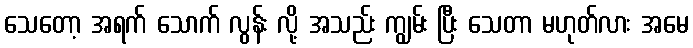
သေတော့ အရက် သောက် လွန်း လို့ အသည်း ကျွမ်း ပြီး သေတာ မဟုတ်လား အမေ